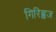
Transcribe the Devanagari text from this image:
गिरिब्बज